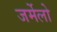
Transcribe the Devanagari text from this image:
जर्मेलो